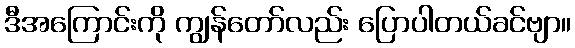
ဒီအကြောင်းကို ကျွန်တော်လည်း ပြောပါတယ်ခင်ဗျာ။